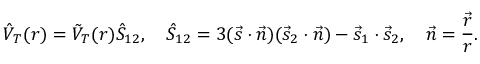
\hat { V } _ { T } ( r ) = \tilde { V } _ { T } ( r ) \hat { S } _ { 1 2 } , \quad \hat { S } _ { 1 2 } = 3 ( \vec { s } \cdot \vec { n } ) ( \vec { s } _ { 2 } \cdot \vec { n } ) - \vec { s } _ { 1 } \cdot \vec { s } _ { 2 } , \quad \vec { n } = \frac { \vec { r } } { r } .